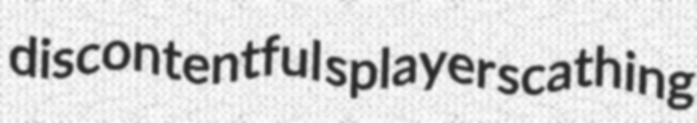
discontentful splayer scathing